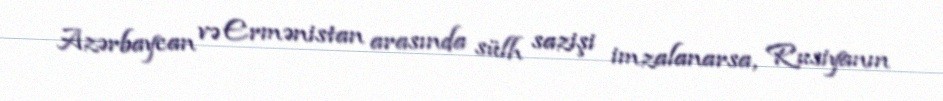
Azərbaycan və Ermənistan arasında sülh sazişi imzalanarsa, Rusiyanın